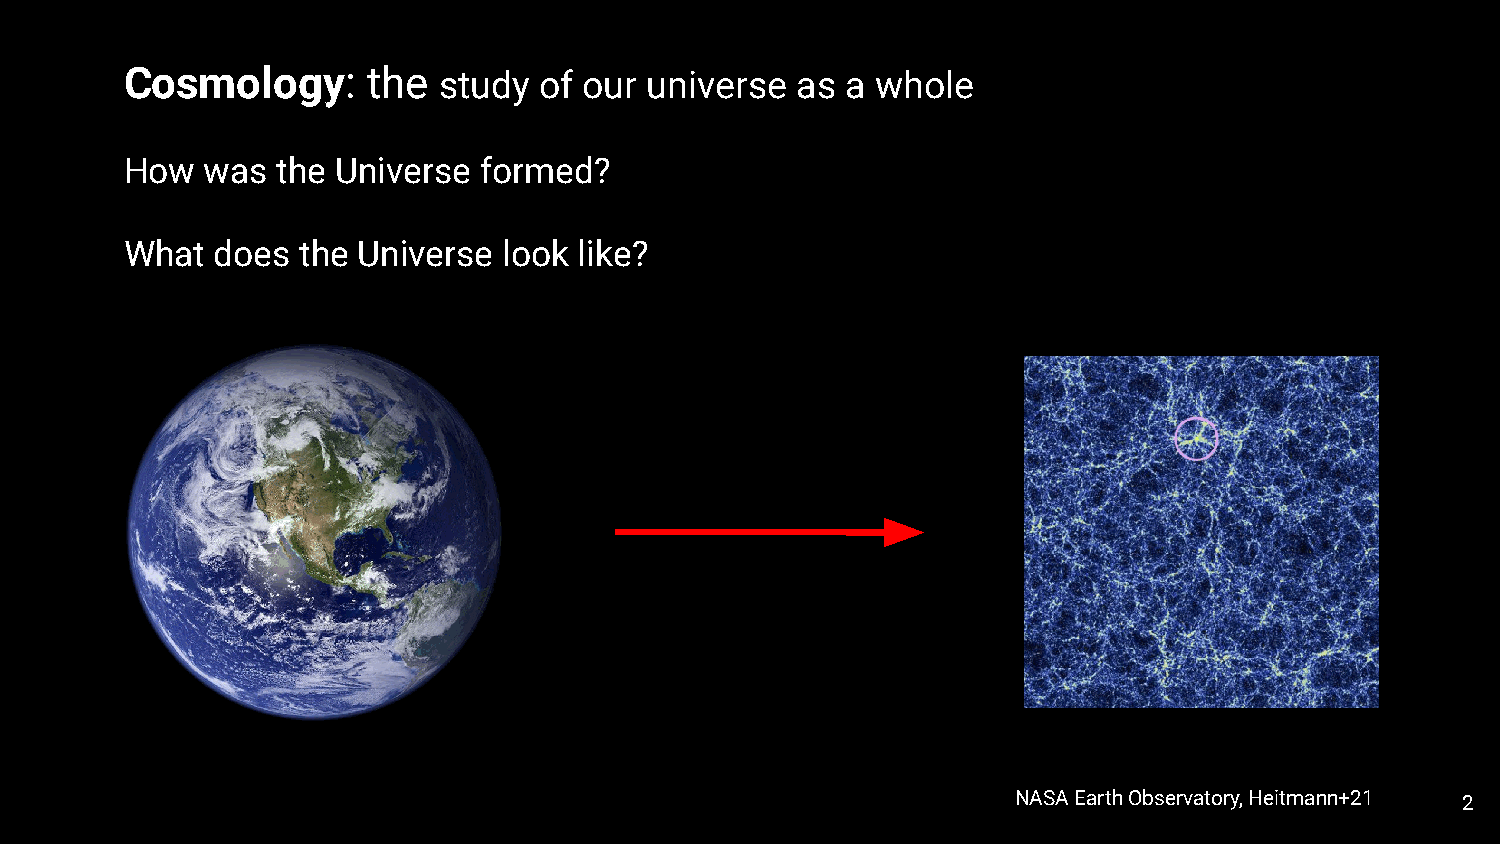
Cosmology:      the  study  of our universe  as a whole
 How   was the Universe  formed?
 What  does  the Universe look like?
 NASA Earth Observatory, Heitmann+21 2